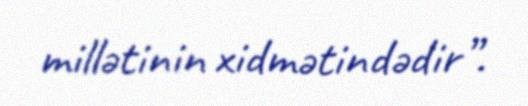
millətinin xidmətindədir”.